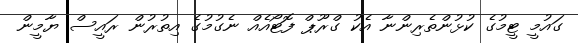
ގައުމީ ޓީމުގެ ކުޅުންތެރިންނާ އެކު ގްރޫޕް ފޮޓޯއެއް ނެގުމުގެ އިތުރުން ރައީސް ޔާމީން